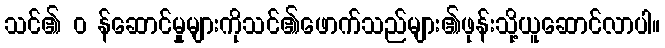
သင်၏ ၀ န်ဆောင်မှုများကိုသင်၏ဖောက်သည်များ၏ဖုန်းသို့ယူဆောင်လာပါ။